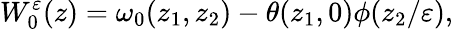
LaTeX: W_{0}^{\varepsilon}(z)=\omega_{0}(z_{1},z_{2})-\theta(z_{1},0)\phi(z_{2}/\varepsilon),